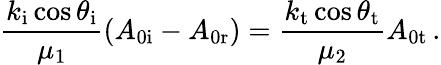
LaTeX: \frac{k_{\mathrm{i}}\cos\theta_{\mathrm{i}}}{\mu_{1}}\left(A_{\mathrm{0i}}-A_{\mathrm{0r}}\right)=\frac{k_{\mathrm{t}}\cos\theta_{\mathrm{t}}}{\mu_{2}}A_{\mathrm{0t}}\, .